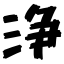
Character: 浄